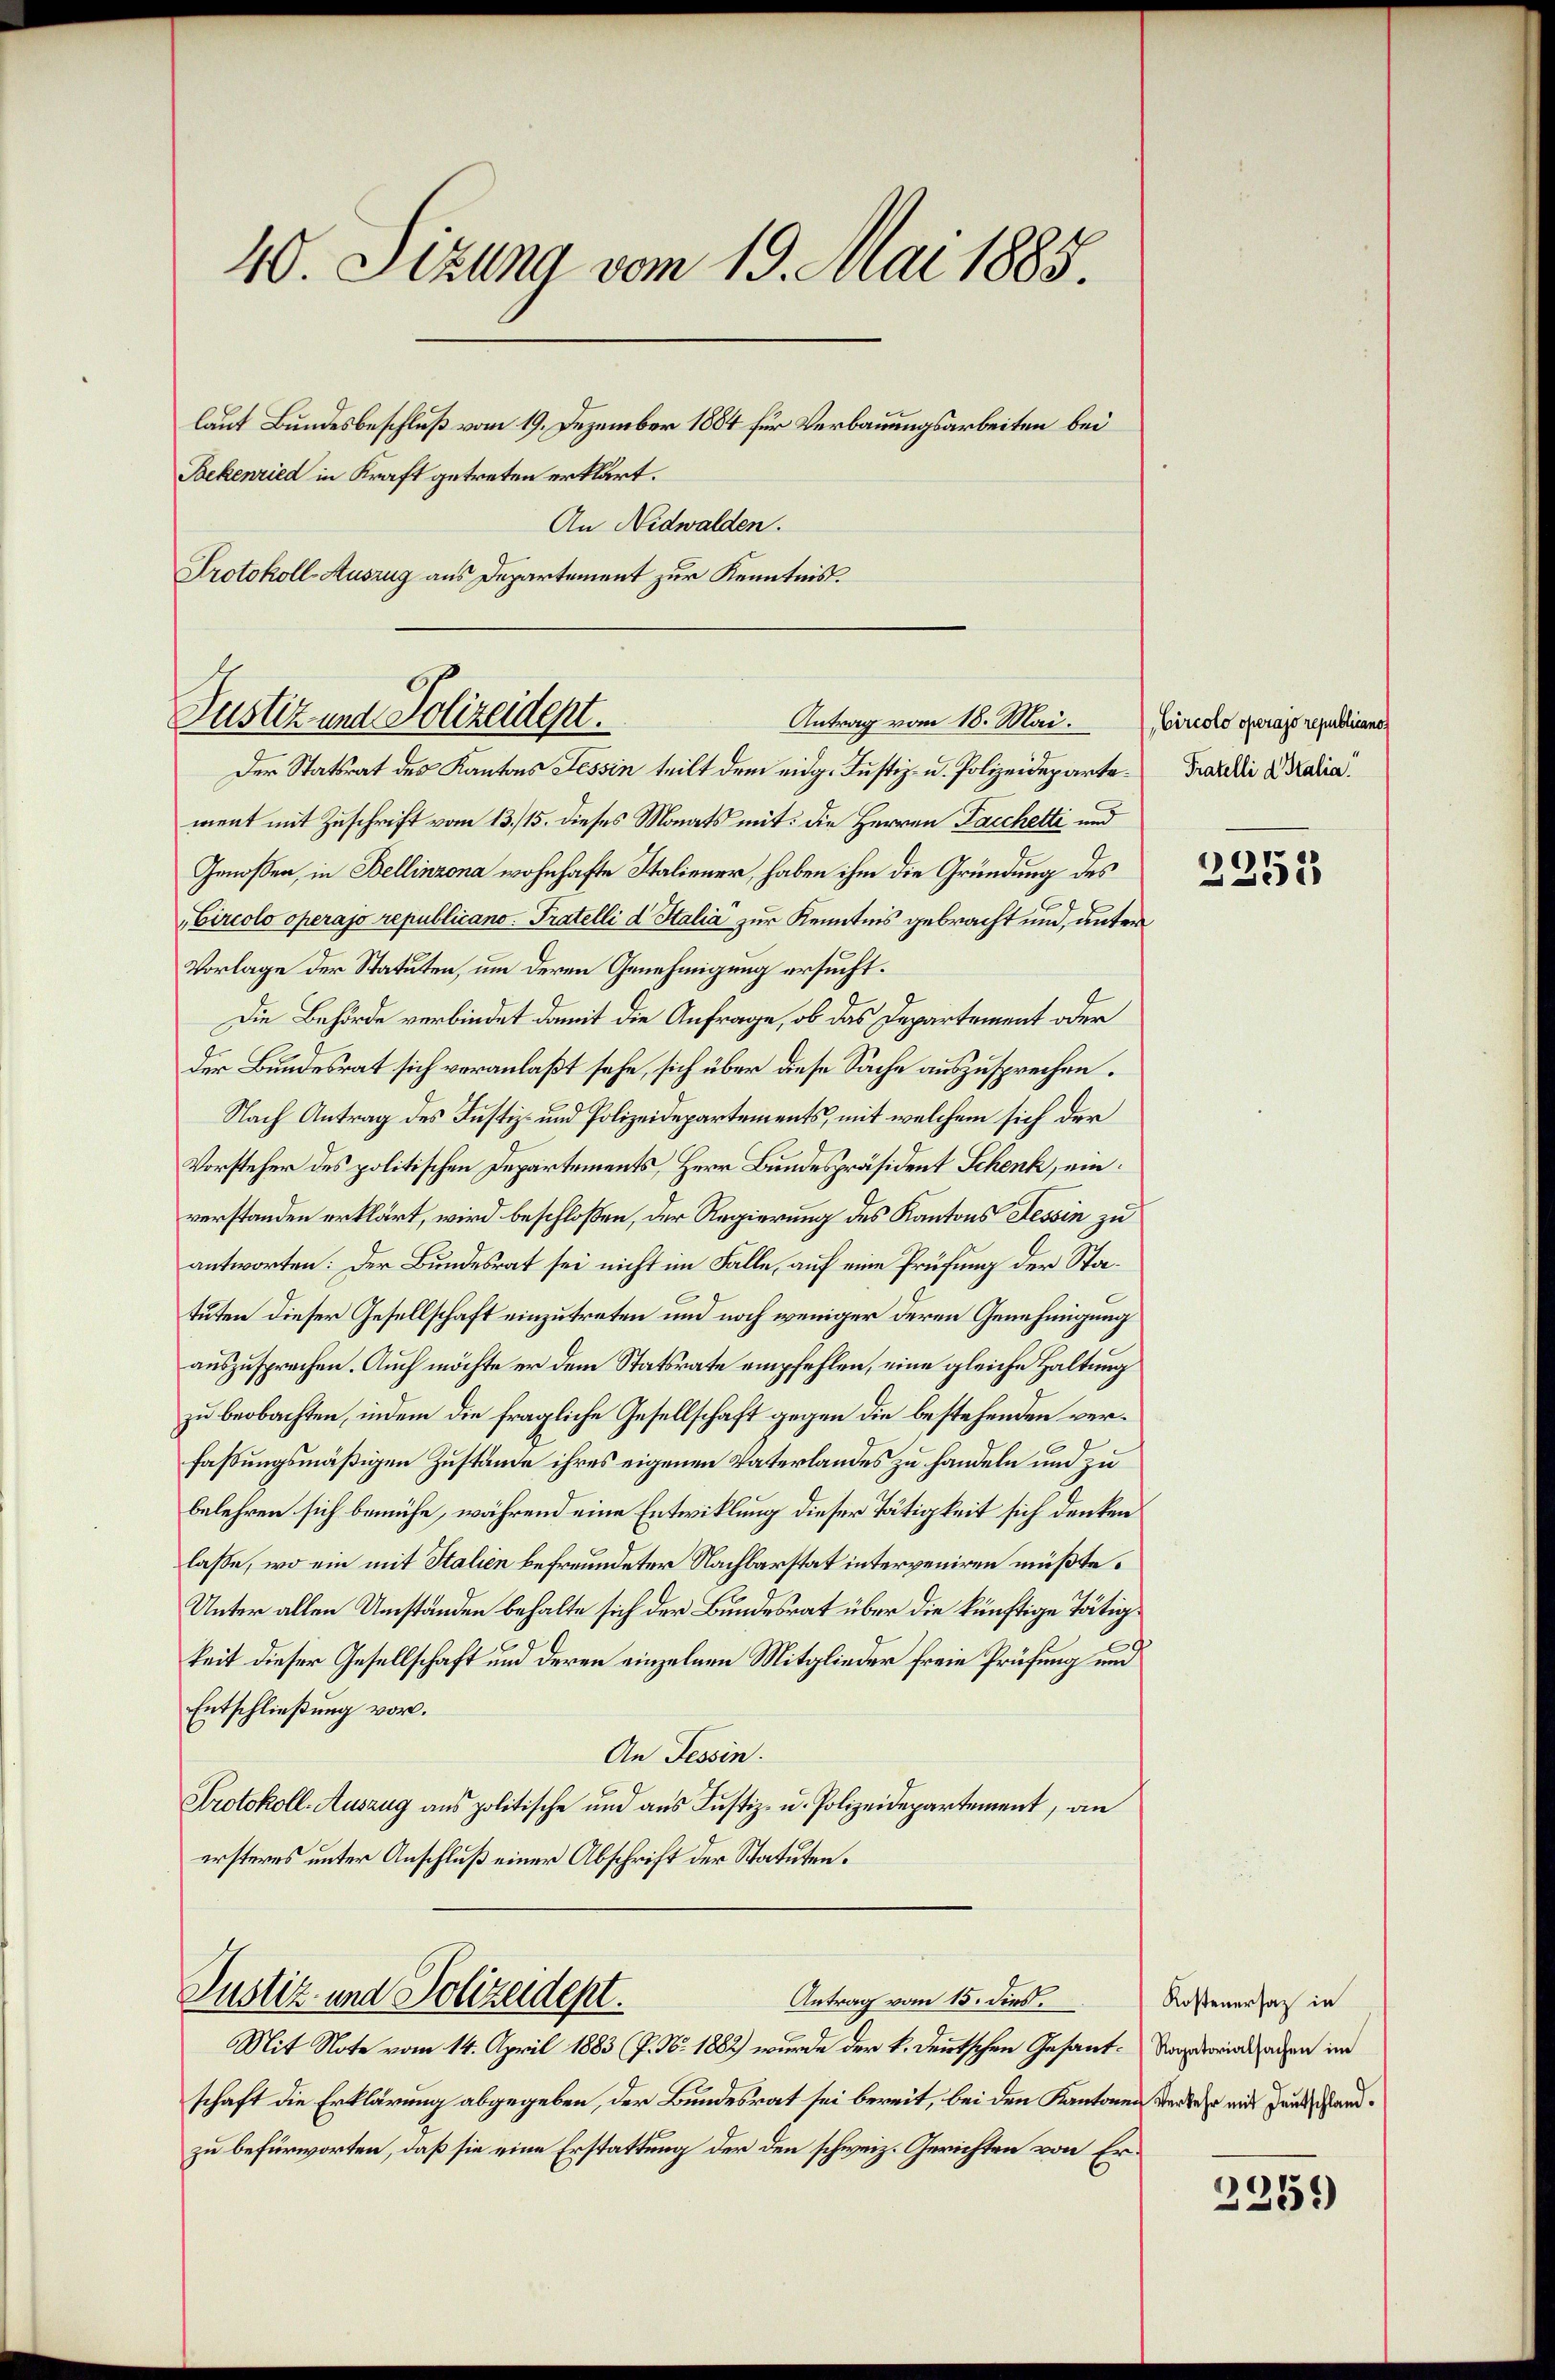
40. Sizung vom 19. Mai 1885.
laut Bundesbeschluß vom 19. Dezember 1884 für Verbauungsarbeiten bei
Bekenried in Kraft getreten erklärt.
An Nidwalden.
Protokoll-Auszug aus Departement zur Kenntnis.

Justiz und Polizeidept.
Antrag vom 18. Mai.
Der Statsrat des Kantons Tessin teilt dem eidg. Justiz- u. Polizeideparte Praedii d. Kalia

Justiz- und Polizeident.
Antrag vom 15. dies

went mit Zuschrift vom 13./15. dieses Monats mit: die Herren Tacchetti und
Genossen, in Bellinzona wohnhafte Italiener, haben ihm die Gründung des
Circolo operajo republicano. Pratelli d. Stalia zur Kenntnis gebracht und, unter
Vorlage der Statuten, um deren Genehmigung ersucht.
Die Behörde verbindet damit die Anfrage, ob das Departement oder
der Bundesrat sich veranlaßt sehe, sich über diese Sache auszusprechen.
Nach Antrag des Justiz- und Polizeidepartements, mit welchem sich der
Vorsteher des politischen Departements, Herr Bundespräsident Schenk, einverstanden erklärt, wird beschloßen, der Regierung des Kantons Tessin zu
antworten: Der Bundesrat sei nicht im Falle, auf eine Prüfung der Statuten dieser Gesellschaft einzutreten und noch weniger deren Genehmigung
auszusprechen. Auch möchte er dem Statsrate empfehlen, eine gleiche Haltung
zu beobachten, indem die fragliche Gesellschaft gegen die bestehenden verfaßungsmäßigen Zustände ihres eigenen Vaterlandes zu handeln und zu
belehren sich bemühe, während eine Entwicklung dieser Tätigkeit sich denken
lasse, wo ein mit Italien befreundeter Nachbarstat interveniren müßte.
Unter allen Umständen behalte sich der Bundesrat über die künftige Tätigkeit dieser Gesellschaft und deren einzelnen Mitglieder freie Prüfung und
Entschließung vor.
An Tessin.
Protokoll-Auszug aus politische und aus Justiz- u. Polizeidepartement, an
ersteres unter Anschluß einer Abschrift der Statuten.

Mit Note vom 14. April 1883 (7. No. 1882) wurde der k. deutschen Gesant- Vadoricksachen im
schaft die Erklärung abgegeben, der Bundesrat sei bereit, bei den Kantonen verbes mit und handzu befürworten, daß sie eine Erstattung der den schweiz. Gerichten von Er¬

Circolo operajo republicano

2353

Kostenersaz in

2251)